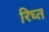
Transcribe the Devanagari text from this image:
रिघ्त